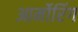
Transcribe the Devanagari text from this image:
आर्मोरिंग